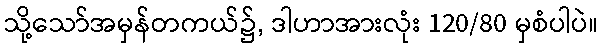
သို့သော်အမှန်တကယ်၌, ဒါဟာအားလုံး 120/80 မှစံပါပဲ။